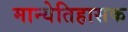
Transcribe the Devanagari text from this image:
मान्येतिहासक